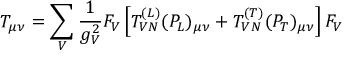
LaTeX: T _ { \mu \nu } = \sum _ { V } \frac { 1 } { g _ { V } ^ { 2 } } F _ { V } \left[ T _ { V N } ^ { ( L ) } ( P _ { L } ) _ { \mu \nu } + T _ { V N } ^ { ( T ) } ( P _ { T } ) _ { \mu \nu } \right] F _ { V }